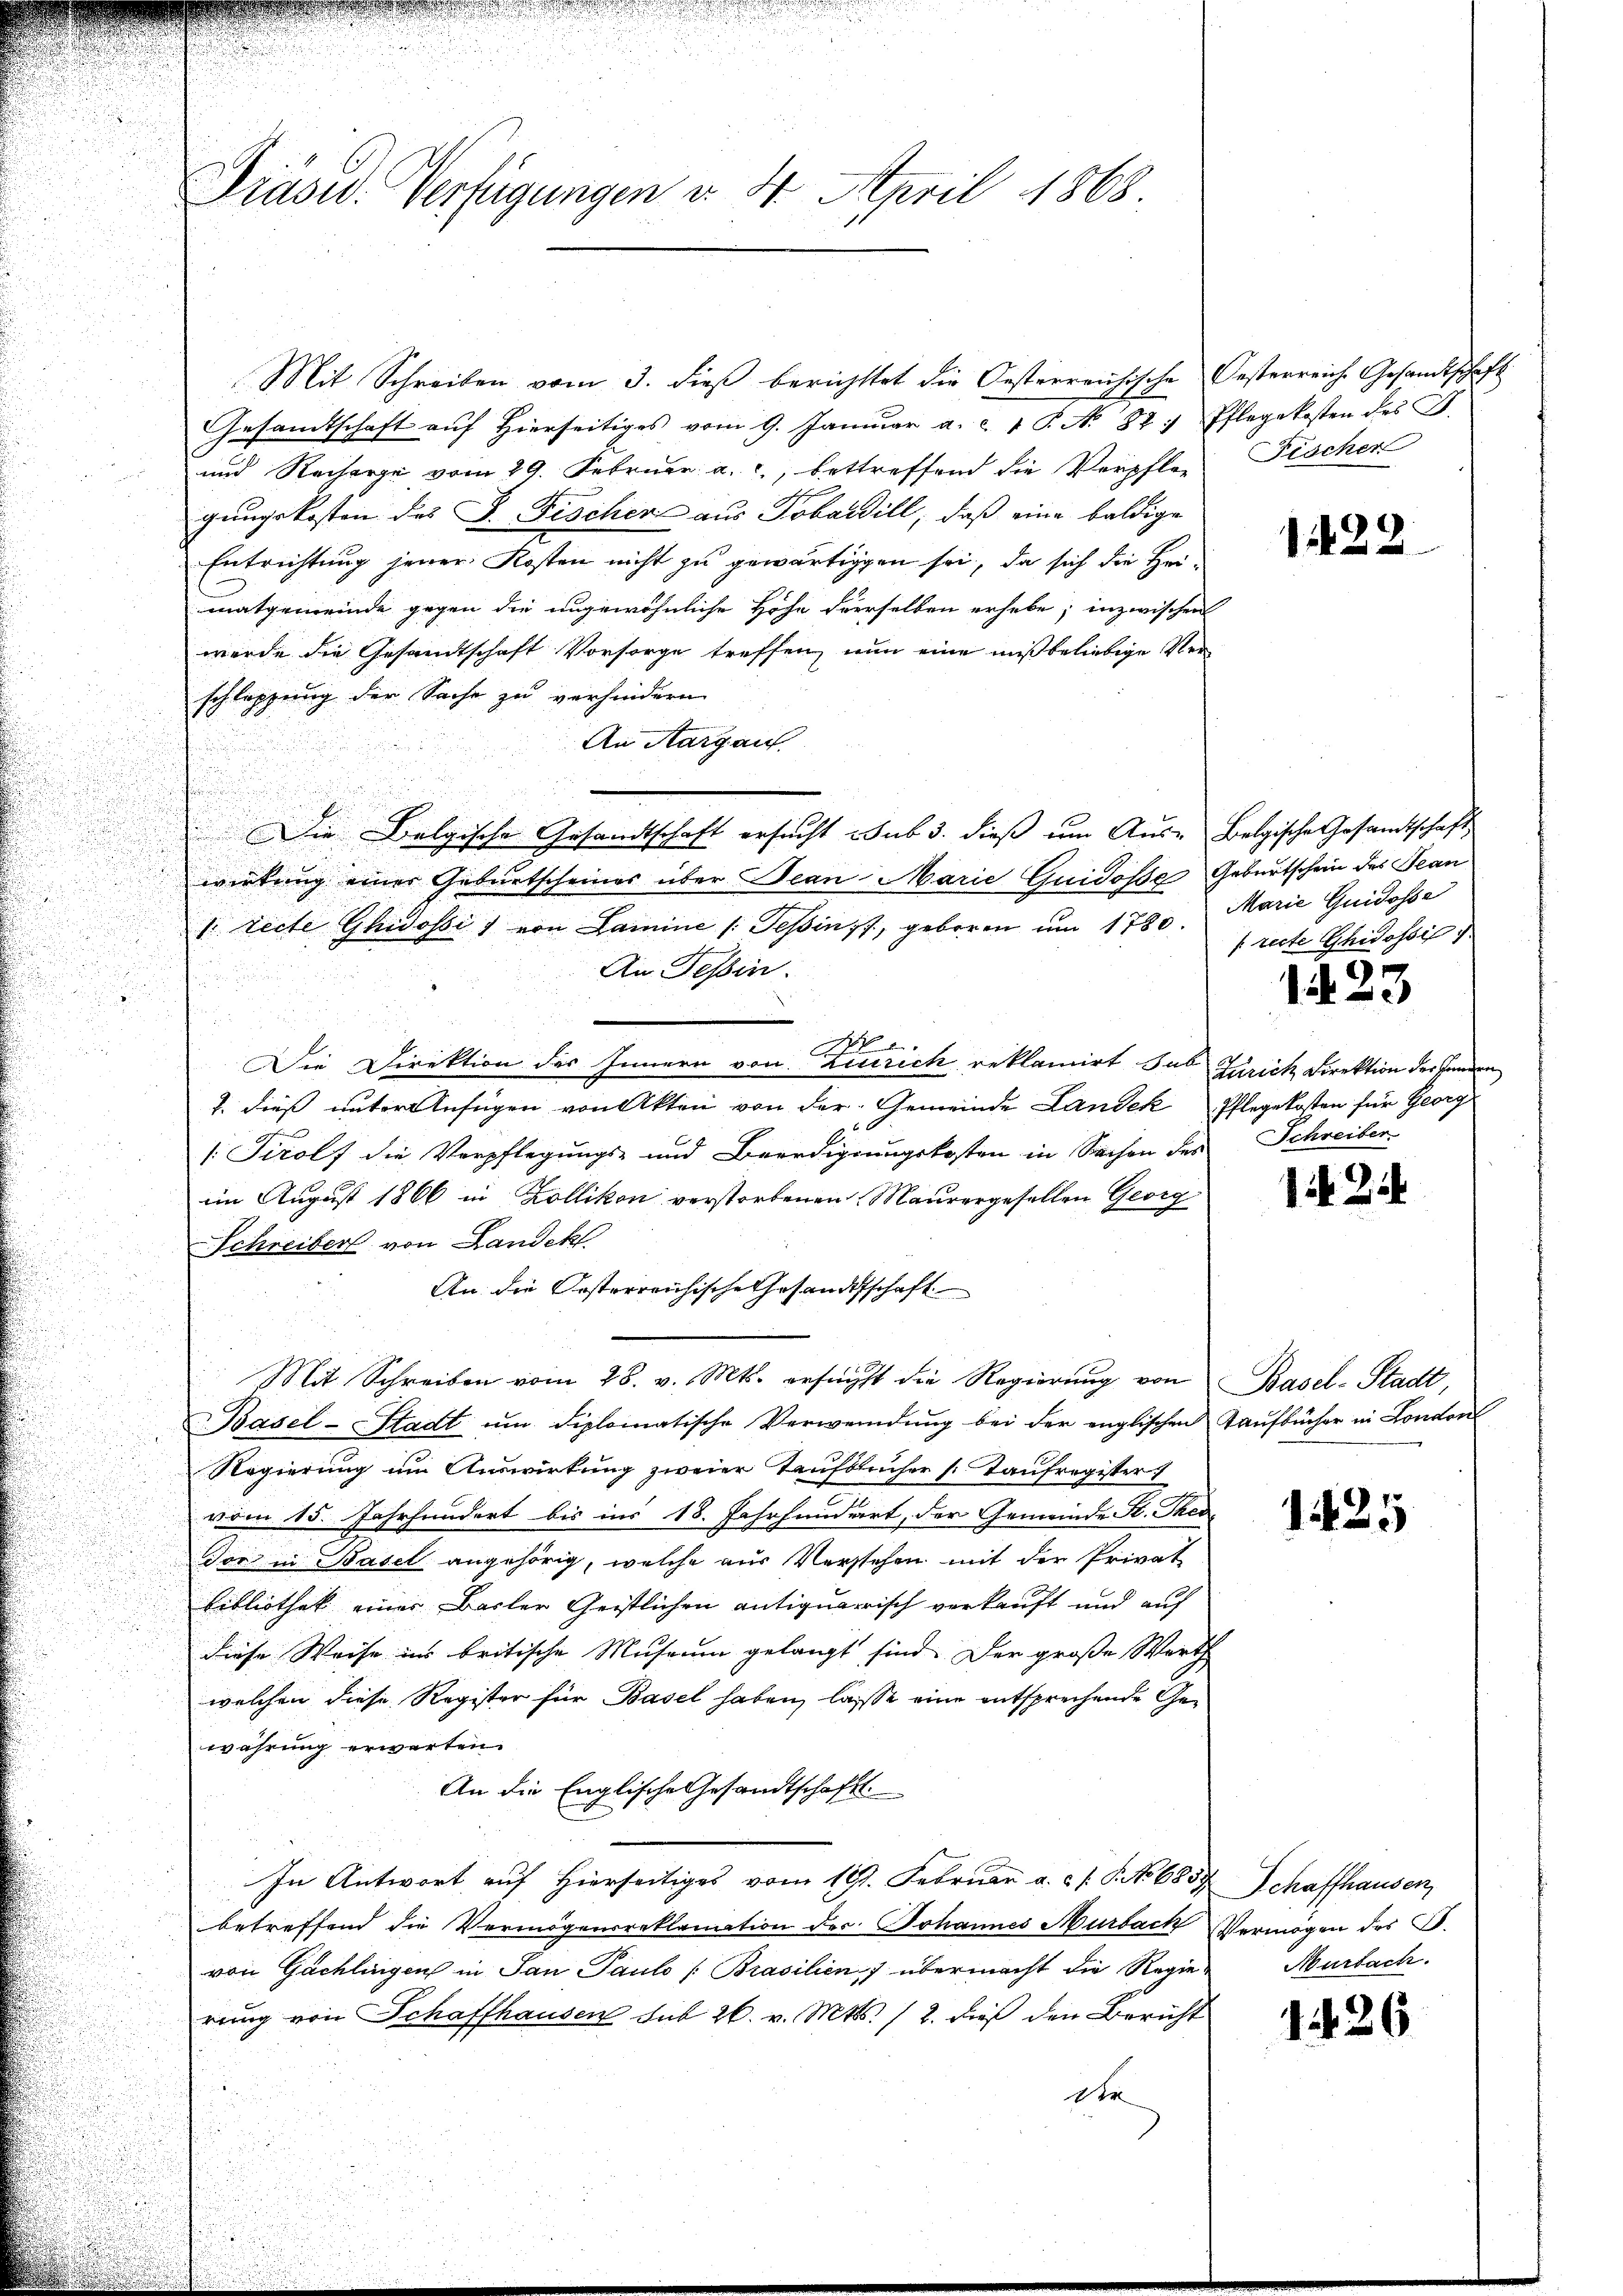
u
.
e

u

Mit Schreiben vom 3. dieß berichttet die Oesterreichische Oesterreiche Gesandtschaft
Gesandtschaft auf hierseitiges vom 9. Januar a. c. 1 P. N. 82. Pflegekosten des F.
und Recharge vom 29. Februar a. c., betreffend die Verpflegungskosten des J. Fischen aus Tobardill, daß eine baldige
Entrichtung jener Kosten nicht zu gewärtigen sei, da sich die Heimatgemeinde gegen die ungewöhnliche Höhe derselben erhebe; inzwischen
werde die Gesandtschaft Vorsorge treffen, nun eine mißbeliebige Verschleppung der Sache zu verhindern
An Aargau
Die Belgische Gesandtschaft ersucht sub 3. dieß um Aus- Belgische Gesandtschaft,
wirkung einer Geburtscheines über Jean Marie Guidosse Geburtschein des Tean¬
1. Zeite Glidossi) von Lamine /: Tessin, geboren um 1780. Marie Guidosse
An Tessin.

Die Direktion des Innern von Zürich reklamirt sub Zürich Direktion der Handen
2. dieß unter anfügen von Akten von der Gemeinde Landek Pflegekosten für Georg
a
1: Tirolf die Verpflegungs- und Beerdigungskosten in Sachen des
im August 1866 in Zollikon verstorbenen Maurergesellen Georg
Schreiber von Landekt
An die Oesterreichische Gesandtschaft
Mit Schreiben vom 28. v. Mts. ersucht die Regierŭng von Basel-Stadt,
Basel-Stadt um diplomatische Verwendung bei der englischen Taufbücher in Londone
Regierung um Auswirkung zweier Taufblücher s. Taufregister
vom 15. Jahrhundert bis ins 18. Jahrhundert, der Gemeinde K. Ther
Tor in Basel angehörig, welche aus Verstehen mit der Privat
Bibliothek einer Basler Geistlichen antiquarrisch verkauft und auf
diese Weise ins britische Museum gelangt sind. Der große Werth
welchen diese Register für Basel haben, lasse eine entsprechende Gewährung erwarten.
An die Englische Gesandtschafts-
In Antwort auf Hierseitiges vom 19. Februar a. c. s. S. No 683.
betreffend die Vermögensreklamation der Johannes Murbach Vermögen des S.
von Gachlingen in San Paule [Brasilien) übermacht die Regie-
rung von Schaffhausen sub 26. v. Mts. 12. dieß den Bericht
der

Drasw. Verfügungen v. 4. April 1868

Fischen

1422

[recte Chidossi

1423

Schreiber.

1 Zif

1425

Schaffhausen,
Murbach.

1426